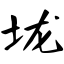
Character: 垅